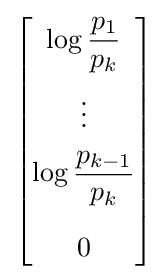
{\begin{bmatrix}\log {\dfrac {p_{1}}{p_{k}}}\\[10pt]\vdots \\[5pt]\log {\dfrac {p_{k-1}}{p_{k}}}\\[15pt]0\end{bmatrix}}